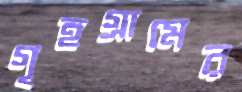
গৃহগ্রামের